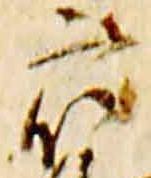
衆